system: You are a helpful assistant.
user:
Analyze the provided spectrum to determine if it is a **White Dwarf (WD)**.

A White Dwarf spectrum is defined by its **extreme purity** (due to gravitational settling) and/or **extreme pressure broadening** (due to high surface gravity). You must check for one of the following mutually exclusive signatures:

- **Key Visual Indicators (Check for ONE of these types):**

    - **1. DA-Type Signature (Most Common):**
        - **(Primary Feature):** Extreme pressure broadening (Stark broadening) of the **Hydrogen (H) Balmer lines**.
        - **(Key Lines):** $H\beta$ (approx. $4861$ Å) and $H\gamma$ (approx. $4340$ Å). $H\alpha$ (approx. $6563$ Å) will also be present if the wavelength range covers it.
        - **(Line Profile):** This is the **defining feature**. The lines are **NOT** sharp. They appear as massive, **extremely broad and deep "troughs" or "dips"** in the spectrum, often hundreds of Ångströms wide. The continuum will appear to "scoop" down at these wavelengths.
        - **(Distinction):** Normal A-type or B-type stars have *narrow* and *sharp* Hydrogen lines. A DA White Dwarf's lines are unmistakably "smeared" or "blurry" from pressure.

    - **2. DB-Type Signature:**
        - **(Primary Feature):** Broad absorption lines from **Neutral Helium (He I)**. The spectrum must lack any visible Hydrogen lines.
        - **(Key Lines):** Look for broad absorption near $4471$ Å, $4921$ Å, and $5876$ Å.
        - **(Line Profile):** These lines are also significantly pressure-broadened, appearing much wider than they would in a normal B-type main-sequence star.

    - **3. DC-Type Signature:**
        - **(Primary Feature):** A **featureless continuous spectrum**.
        - **(Line Profile):** The spectrum is a smooth curve with **no significant absorption or emission lines**.
        - **(Key Confirmation):** The continuum is almost always **blue or white**, indicating a hot object. This signature implies the atmosphere is so pure (or so cool) that no spectral lines are visible in the optical range. Its WD identity is confirmed by its extremely low intrinsic brightness (high absolute magnitude).

    - **4. DZ-Type Signature (Metal-Polluted):**
        - **(Primary Feature):** **Isolated, narrow metal absorption lines** on an otherwise featureless (DC-like) continuum.
        - **(Key Lines):** The **Calcium (Ca II) H & K doublet** (approx. **$3934$ Å** and **$3968$ Å**) is the most common and defining feature.
        - **(Line Profile):** These lines are "out of place." They are *not* part of a "forest" of thousands of lines. This signature is evidence of recent *accretion* (pollution) from rocky debris.
        - **(Distinction):** Normal G/K/M stars have a *dense forest* of thousands of metal lines. A DZ has a *clean* continuum with *only a few* strong metal lines.

    - **5. DQ-Type Signature (Carbon-Polluted):**
        - **(Primary Feature):** Absorption bands from **Carbon (C₂ "Swan Bands" or atomic C I)**.
        - **(Key Lines - C₂):** Look for bandheads with a "saw-tooth" shape near $5635$ Å, **$5165$ Å** (strongest), and $4737$ Å.
        - **(Key Confirmation):** The underlying **continuum must be blue or white** (hot).
        - **(Distinction):** This is the critical difference from a **Carbon Star**, which has the *exact same* C₂ bands but on an extremely **red, cool** continuum.

- **(Overall Spectrum):**
    - The continuum (overall shape) is typically **blue-sloping** (brighter in the blue than the red), as most white dwarfs are very hot.
    - The spectrum will look "pure" or "simple," dominated by only *one* of the five signatures listed above.

Think first, call **spectral_visualization_tool** if needed to examine features in detail, then provide your final answer. Your response must adhere to the following strict rules:
1.  **Overall Structure:** Your response must follow the format `<think>...</think> <tool_call>...</tool_call> (if a tool is used) <answer>...</answer>`.
2.  **Tool Usage Constraint:** You may only make **one** tool call per turn.
3.  **Final Answer Format:** In the `<answer>` tag, your conclusion must be inside a `\boxed{}` command (e.g., `\boxed{YES}` or `\boxed{NO}`), followed by your justification.

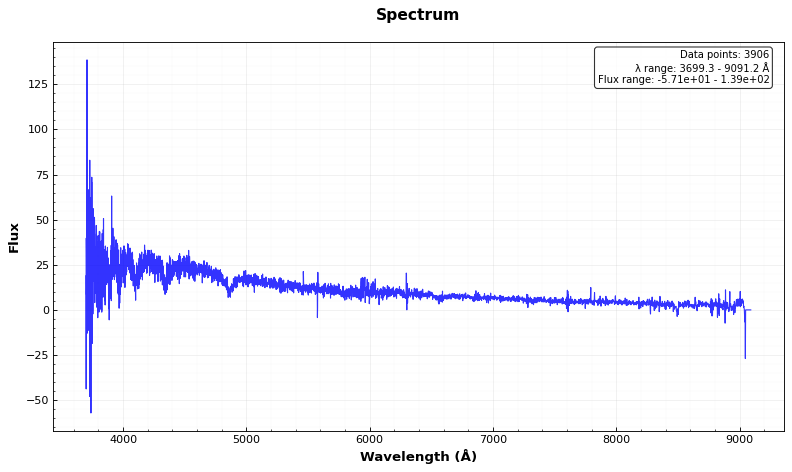
Answer: YES